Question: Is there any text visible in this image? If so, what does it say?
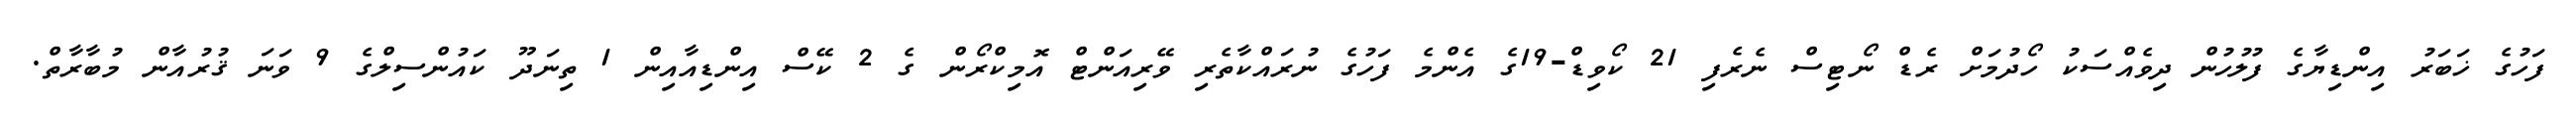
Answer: ފަހުގެ ޚަބަރު އިންޑިޔާގެ ފުލުހުން ދިވެއްސަކު ހޯދުމަށް ރެޑް ނޯޓިސް ނެރެފި 21 ކޯވިޑް-19ގެ އެންމެ ފަހުގެ ނުރައްކާތެރި ވޭރިއަންޓް އޮމިކްރޯން ގެ 2 ކޭސް އިންޑިއާއިން 1 ތިނަދޫ ކައުންސިލްގެ 9 ވަނަ ޤުރުއާން މުބާރާތް.